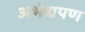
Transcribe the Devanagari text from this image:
अभेद्यपण